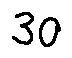
3 0